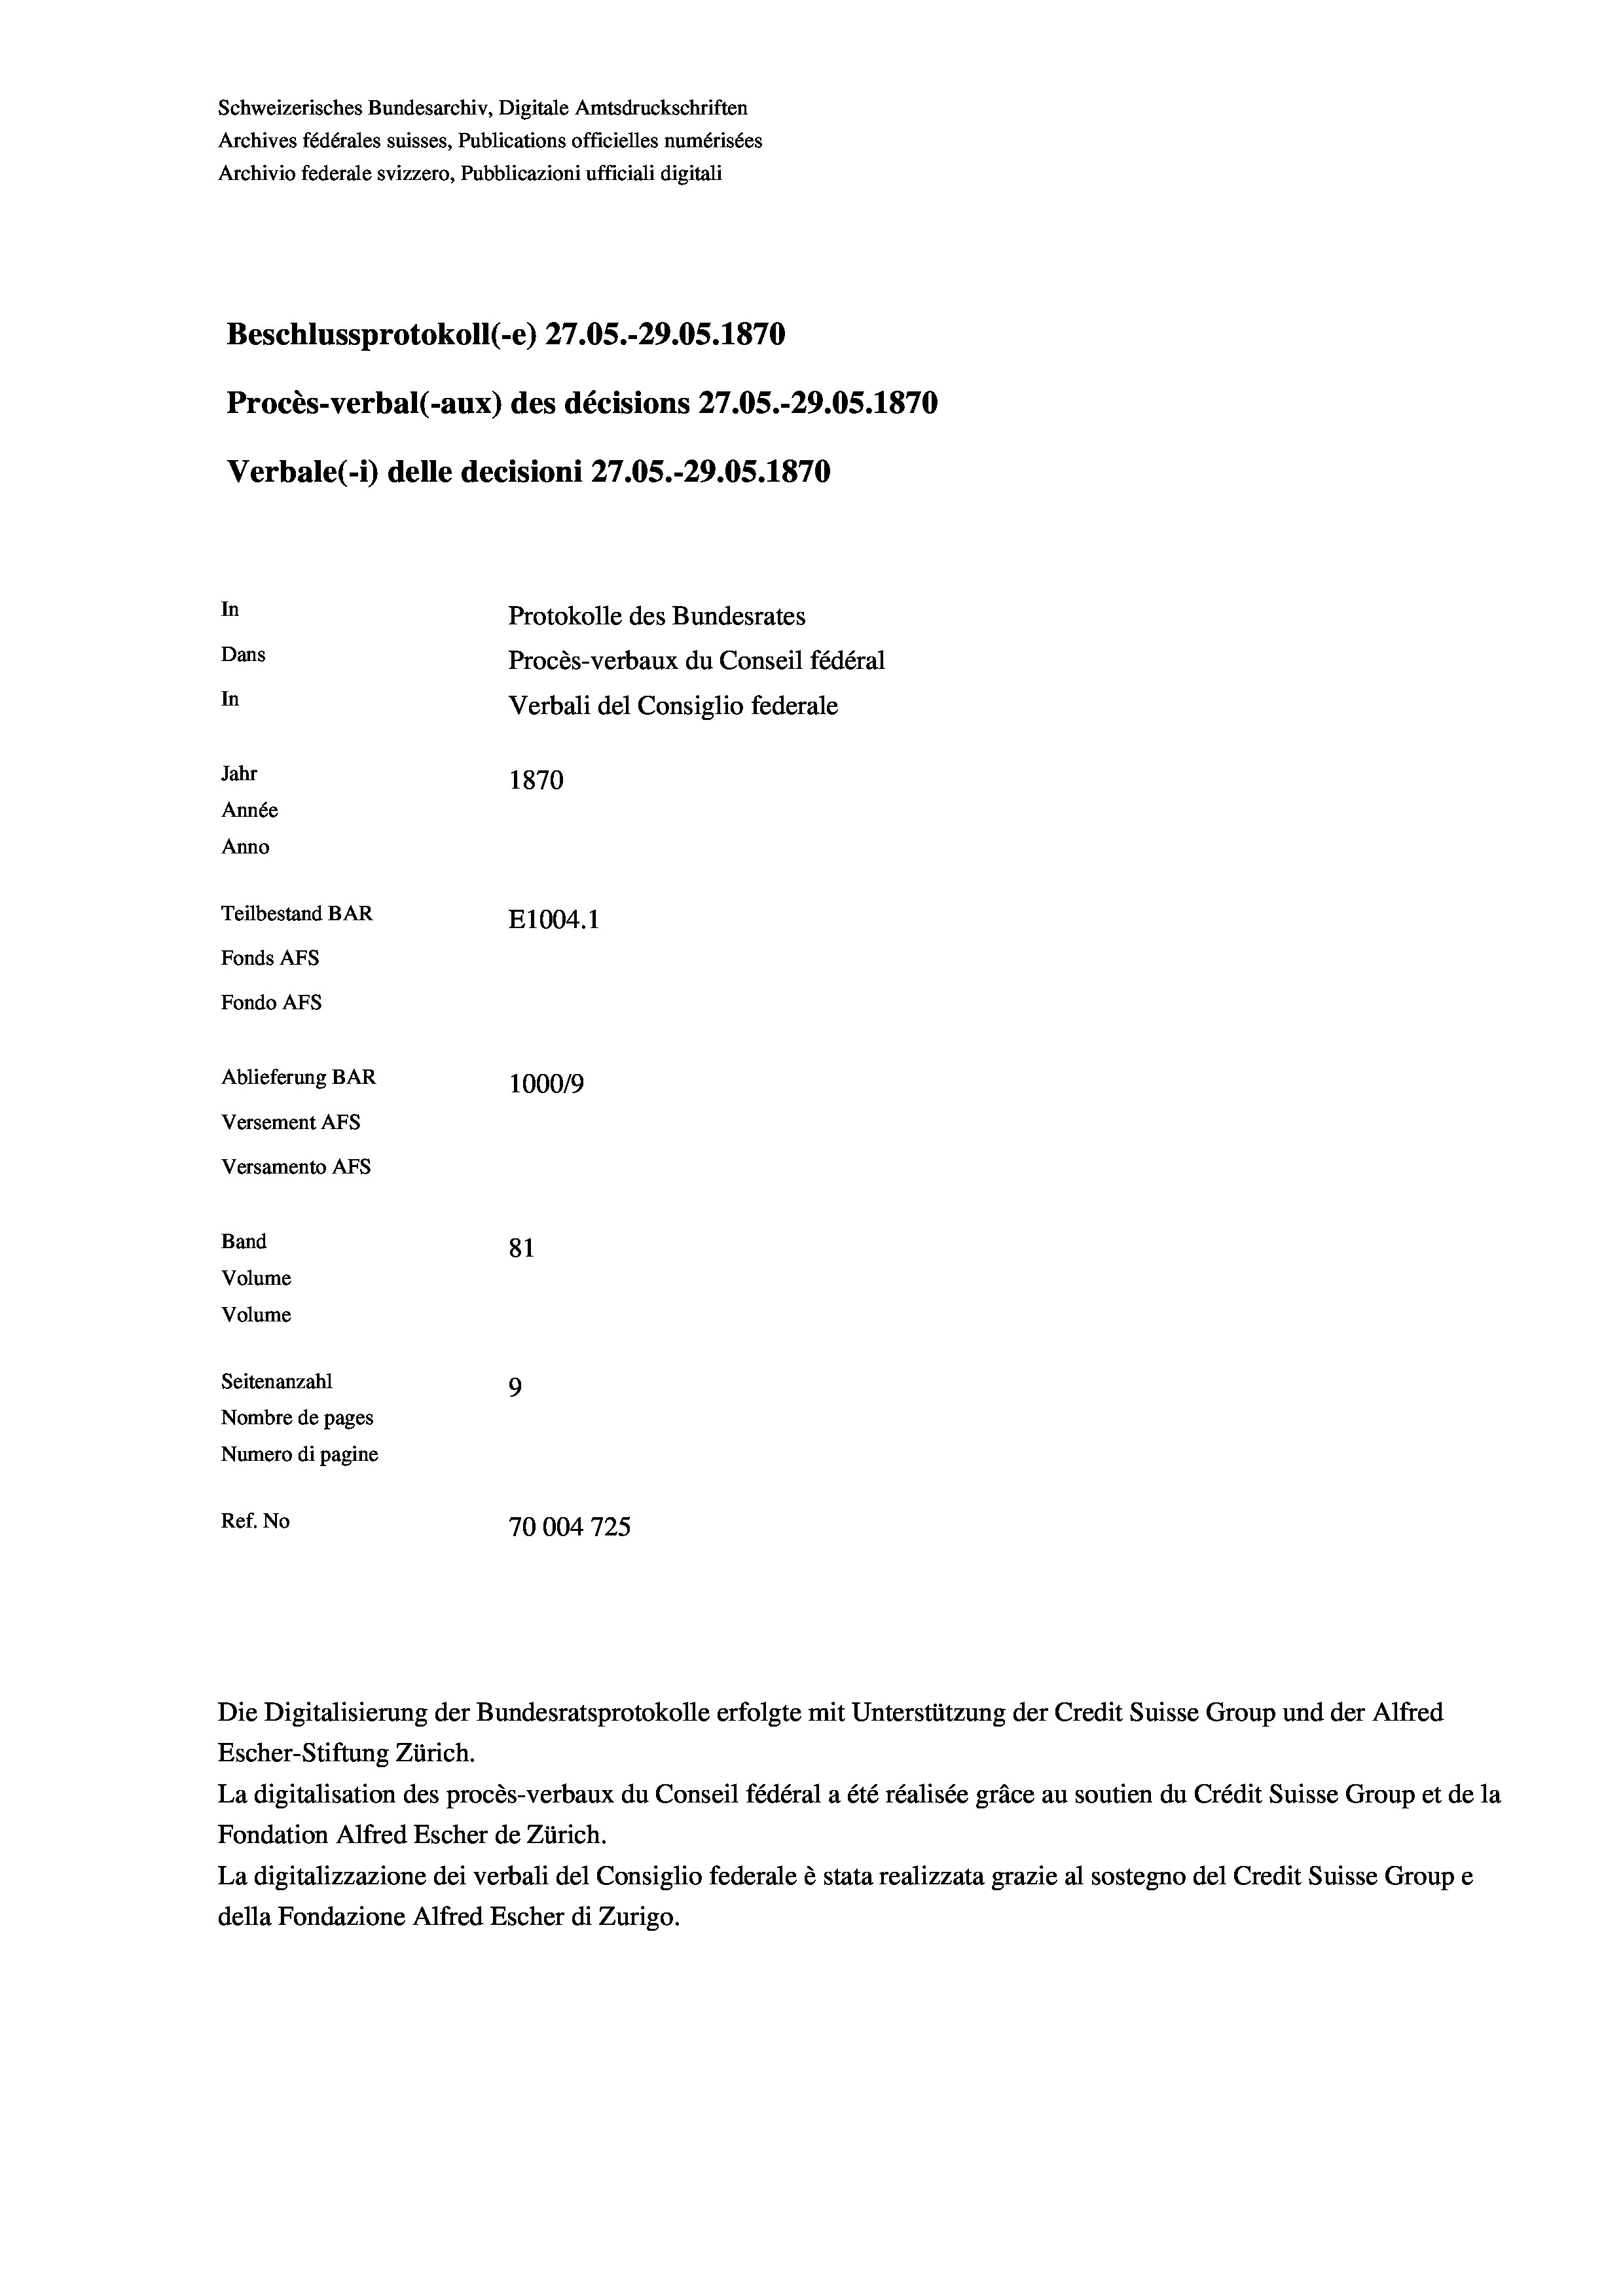
Schweizerisches Bundesarchiv, Digitale Amtsdruckschriften
Archives fédérales suisses, Publications officielles numérisées
Archivio federale svizzero, Pubblicazioni ufficiali digitali
Beschlussprotokoll (-e) 27.05.-29.05. 1870
Procès-verbal (-aux) des décisions 27.05.-29.05. 1870
Verbale (- 1) delle decisioni 27.05.-29.05. 1870
In
Protokolle des Bundesrates
Dans
Procès-verbaux du Conseil fédéral
In
Verbali del Consiglio federale
Jahr
1870
Année
Anno
Teilbestand BAR
E1004.1
Fonds AFs
Fondo AFS
Ablieferung BAR
100019
Versement AFs
Versamento AFs
Band
81
Volume
Volume
Seitenanzahl
9
Nombre de pages
Numero di pagine
Ref. No
70004 725

Escher-Stiftung Zürich.
La digitalisation des procès-verbaux du Conseil fédéral a été réalisée gräce au soutien du Crédit Suisse Group et de la
Fondation Alfred Escher de Zürich.
La digitalizzazione dei verbali del Consiglio federale è stata realizzata grazie al sostegno del Credit Suisse Groupe
della Fondazione Alfred Escher di Zurigo.

Die Digitalisierung der Bundesratsprotokolle erfolgte mit Unterstützung der Credit Suisse Group und der Alfred